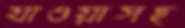
যাওয়াসহ